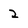
Character: 2